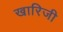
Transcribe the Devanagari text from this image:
खारिजी